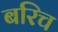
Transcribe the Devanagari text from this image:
बरिच